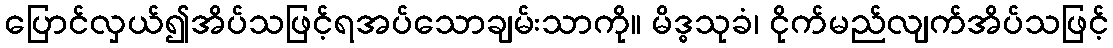
ပြောင်လှယ်၍အိပ်သဖြင့်ရအပ်သောချမ်းသာကို။ မိဒ္ဓသုခံ၊ ငိုက်မည်လျက်အိပ်သဖြင့်